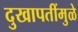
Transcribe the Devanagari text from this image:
दुखापतींमुळे